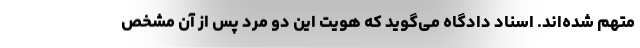
متهم شده‌اند. اسناد دادگاه می‌گوید که هویت این دو مرد پس از آن مشخص